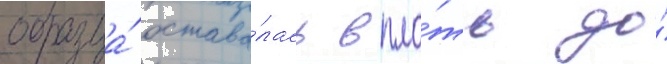
образца́ остава́лась впло́ть до́